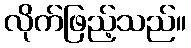
လိုက်ဖြည့်သည်။